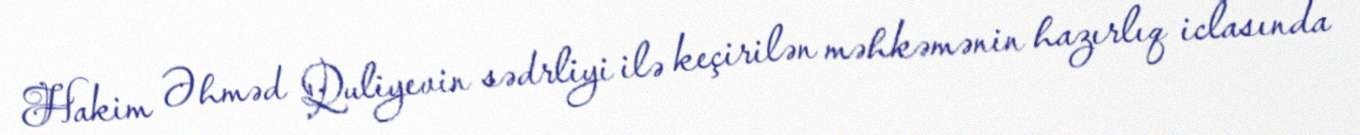
Hakim Əhməd Quliyevin sədrliyi ilə keçirilən məhkəmənin hazırlıq iclasında